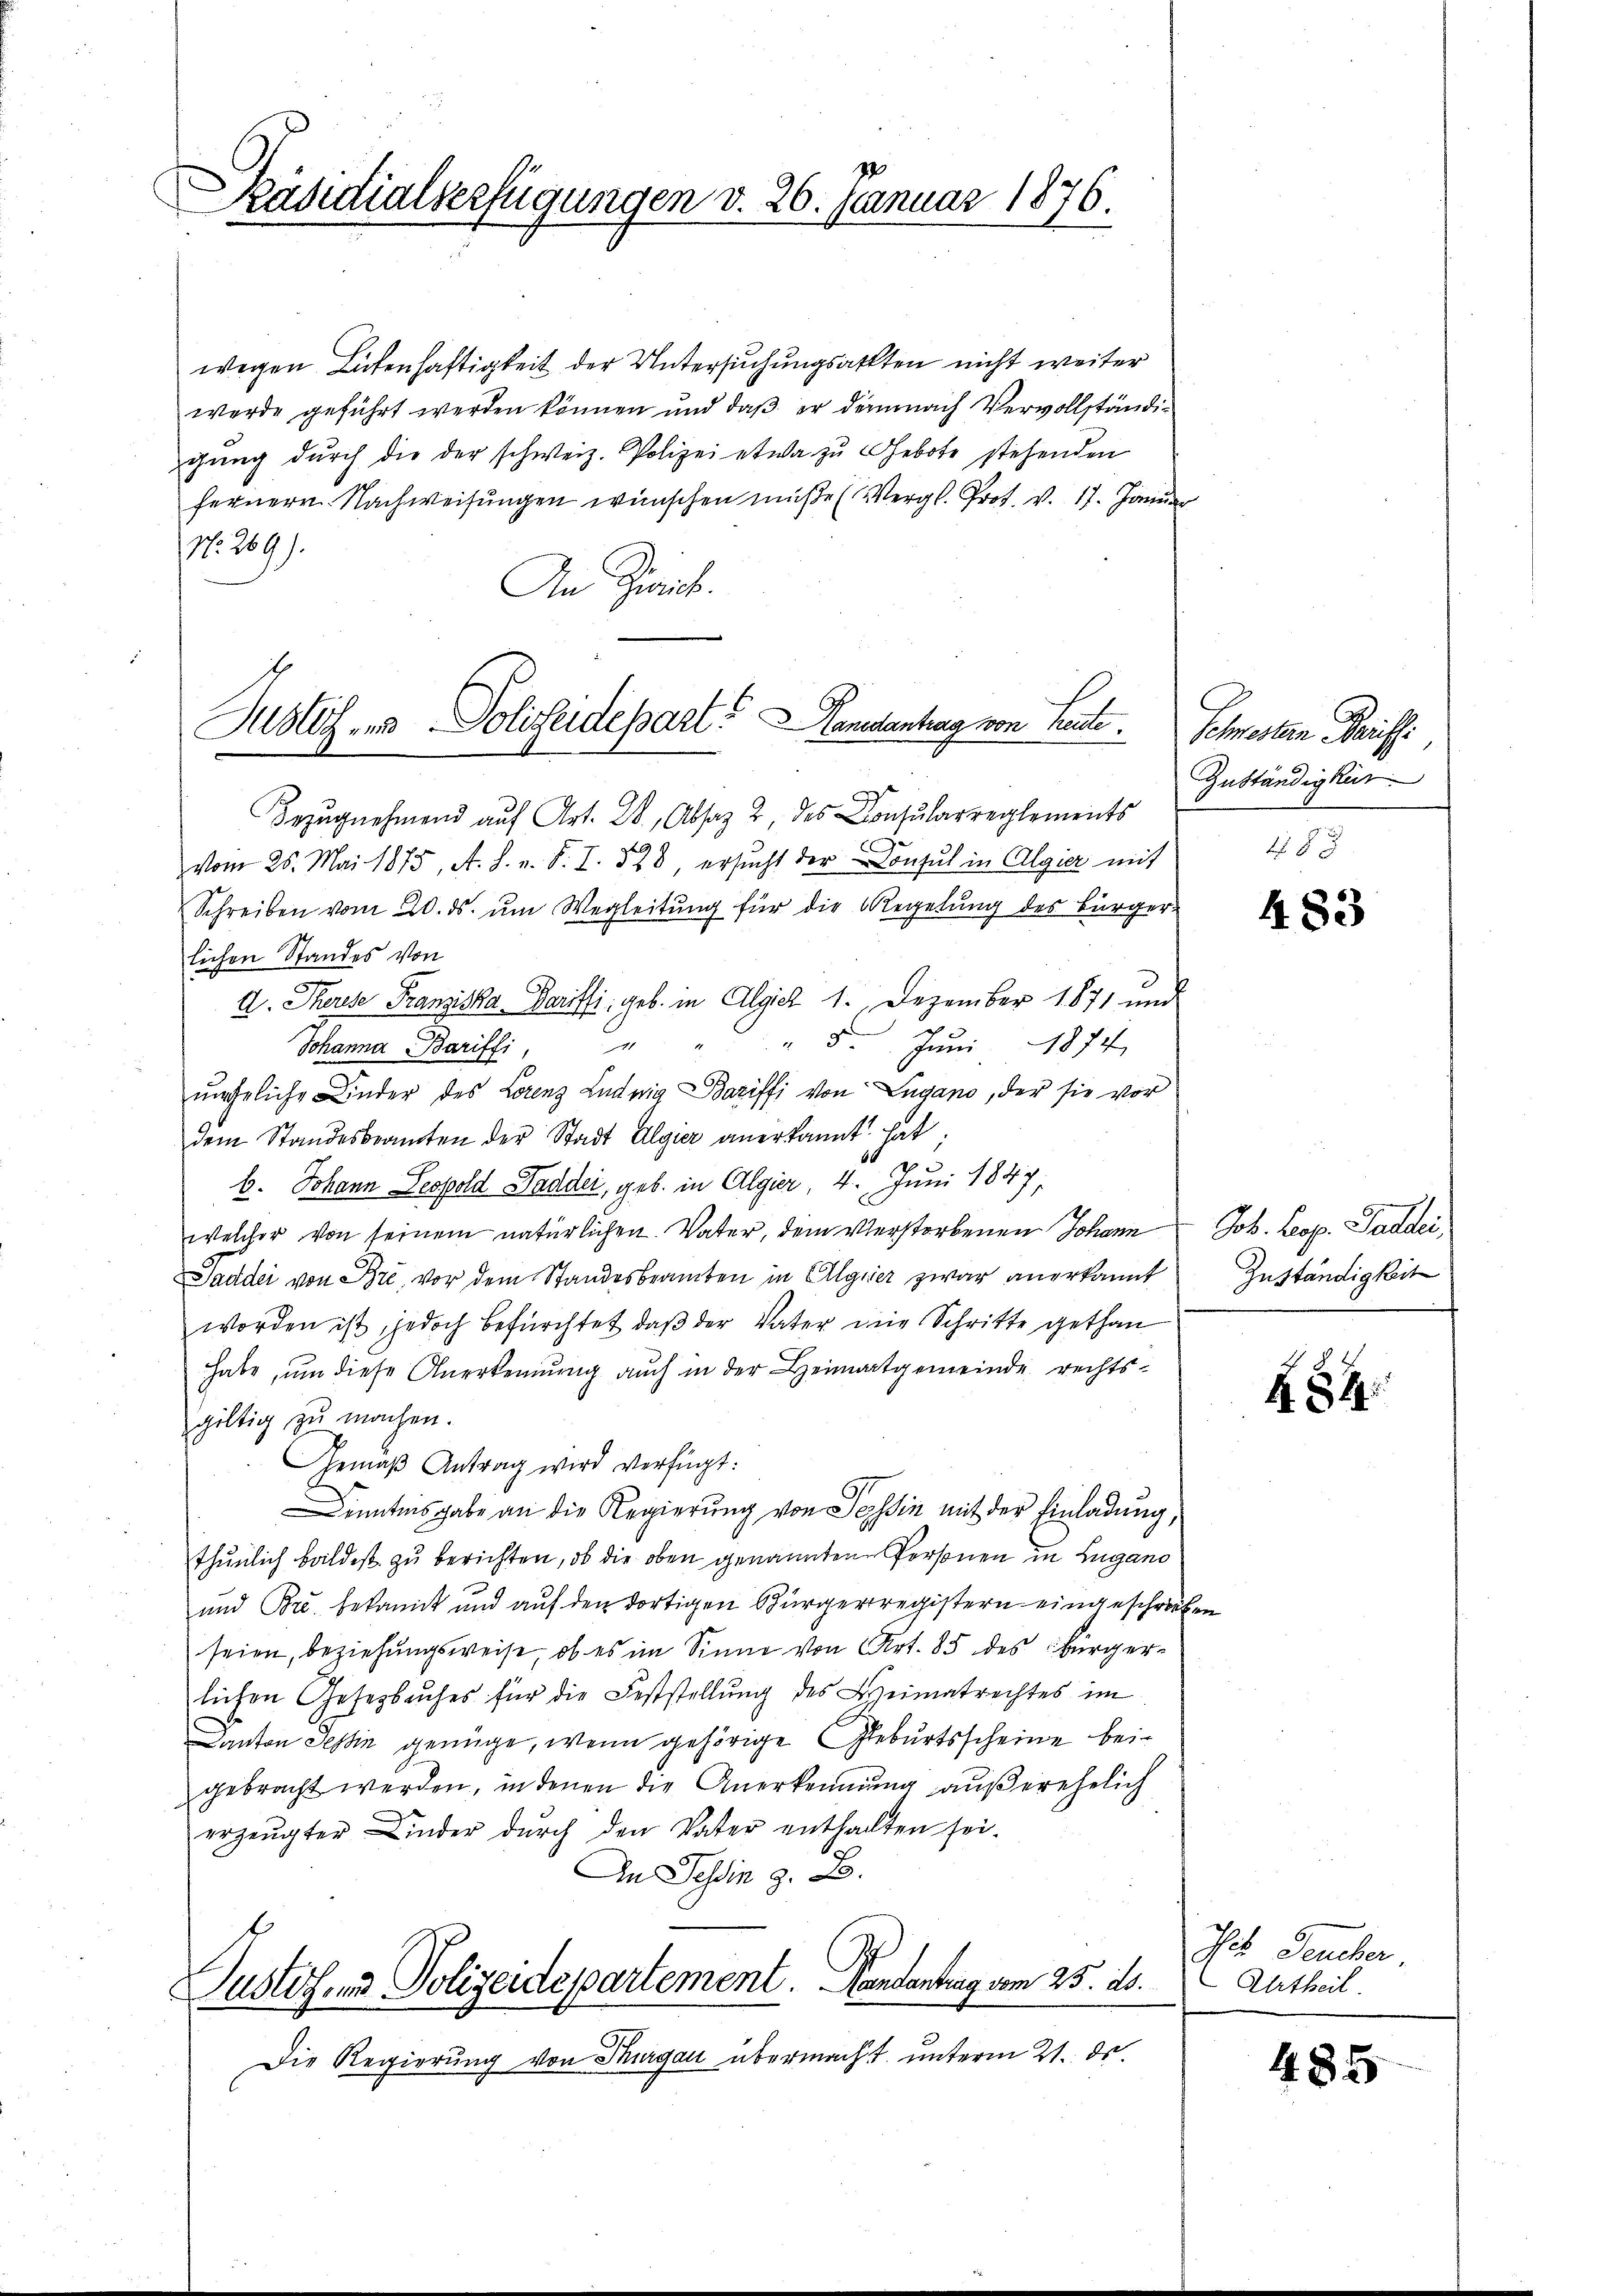
Päsidialverfügungen d. 26. Januar 1876.

wegen Leitenhaftigkeit der Untersuchungsarten nicht weiter
werde geführt werden können und daß er demnach Vervollständigung durch die der schweiz. Polizei etwa zu Gebote stehenden
fernern Nachweisungen wünschen müße (Vergl. Prof. v. 17. Janu
No. 269).
An Zürich.

Justiz- und Polizeidepart. Landantrag von heute.

.
Bezugnehmend auf Art. 28, Absaz 2, des Consularreglements
vom 25. Mai 1875, A. h. v. S. I. 528, ersŭcht der Consul in Algier mit
Schreiben vom 20. ds. ŭm Wegleitung für die Regelung des Bürger-
lichen Standes von
A. Therese Franziska Parifsi; geb. in Algiez 1. Dezember 1871 und
Johanna Bariffi, " " " 5. Jŭni 1874
uneheliche Linder des Lorenz Ludwig Bariffi von Lugano, der sie vor
dem Standesbeamten der Stadt Algier anerkannt hat;
1
b. Johann Leopold Kadder, geb. in Algier, 4. Juni 1847,
welcher von seinem natürlichen Vater, dem Verstorbenen Johann Joh. Leop. Paddei¬
Saddei von Bre, vor dem Standesbeamten in Algier zwar anerkannt
worden ist, jedoch befürchtet, daß der Vater die Schritte gethan
habe, um diese Anerkennung auch in der Heimatgemeinde rechtsgiltig zu machen.
Gemäß Antrag wird verfügt:
inntens gabe an die Regierung von Tessin mit der Einladung,
thunlich baldest zu berichten, ob die oben genannten Personen in Lugano
und Brc. bekannt und auf den dortigen Bürgerregistern eingeschriben
seien, beziehungsweise, ob es im Sinne von Art. 85 des Bürgerlichen Gesetzbuches für die Feststellŭng des Heimatrechtes im
Canton Tessin genüge, wenn gehörige Geburtsscheine beigebracht werden, in denen die Anerkennung außerehelich
erzeugter Kinder dŭrch den Vater enthalten sei.
In Tessin z. B.
Justiz- & Polizeidepartement. Handentrag vom 25. ds.
Die Regierung von Thurgau übermacht unterm 21. ds.

Schwerten Parissi
Zuständigkeit

483

Zuständigkeit

R. 84

Es Feueber
Urtheil.

485